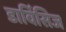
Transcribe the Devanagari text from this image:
डार्विसिज